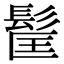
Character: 𩬹